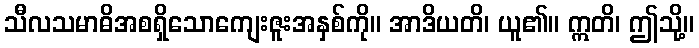
သီလသမာဓိအစရှိသောကျေးဇူးအနှစ်ကို။ အာဒိယတိ၊ ယူ၏။ ဣတိ၊ ဤသို့။